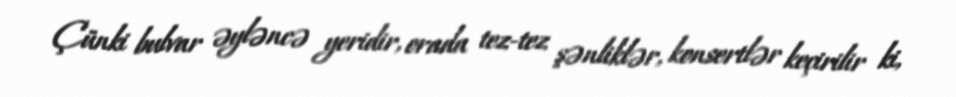
Çünki bulvar əyləncə yeridir, orada tez-tez şənliklər, konsertlər keçirilir ki,